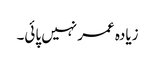
زیادہ عمر نہیں پائی۔